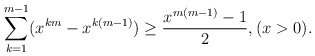
\begin{align*} \sum\limits_{k = 1}^{m - 1} ( x^{km} - x^{k ( m - 1)} ) \ge \frac{ x^{m ( m - 1 )} - 1}{2},( x > 0 ).\end{align*}